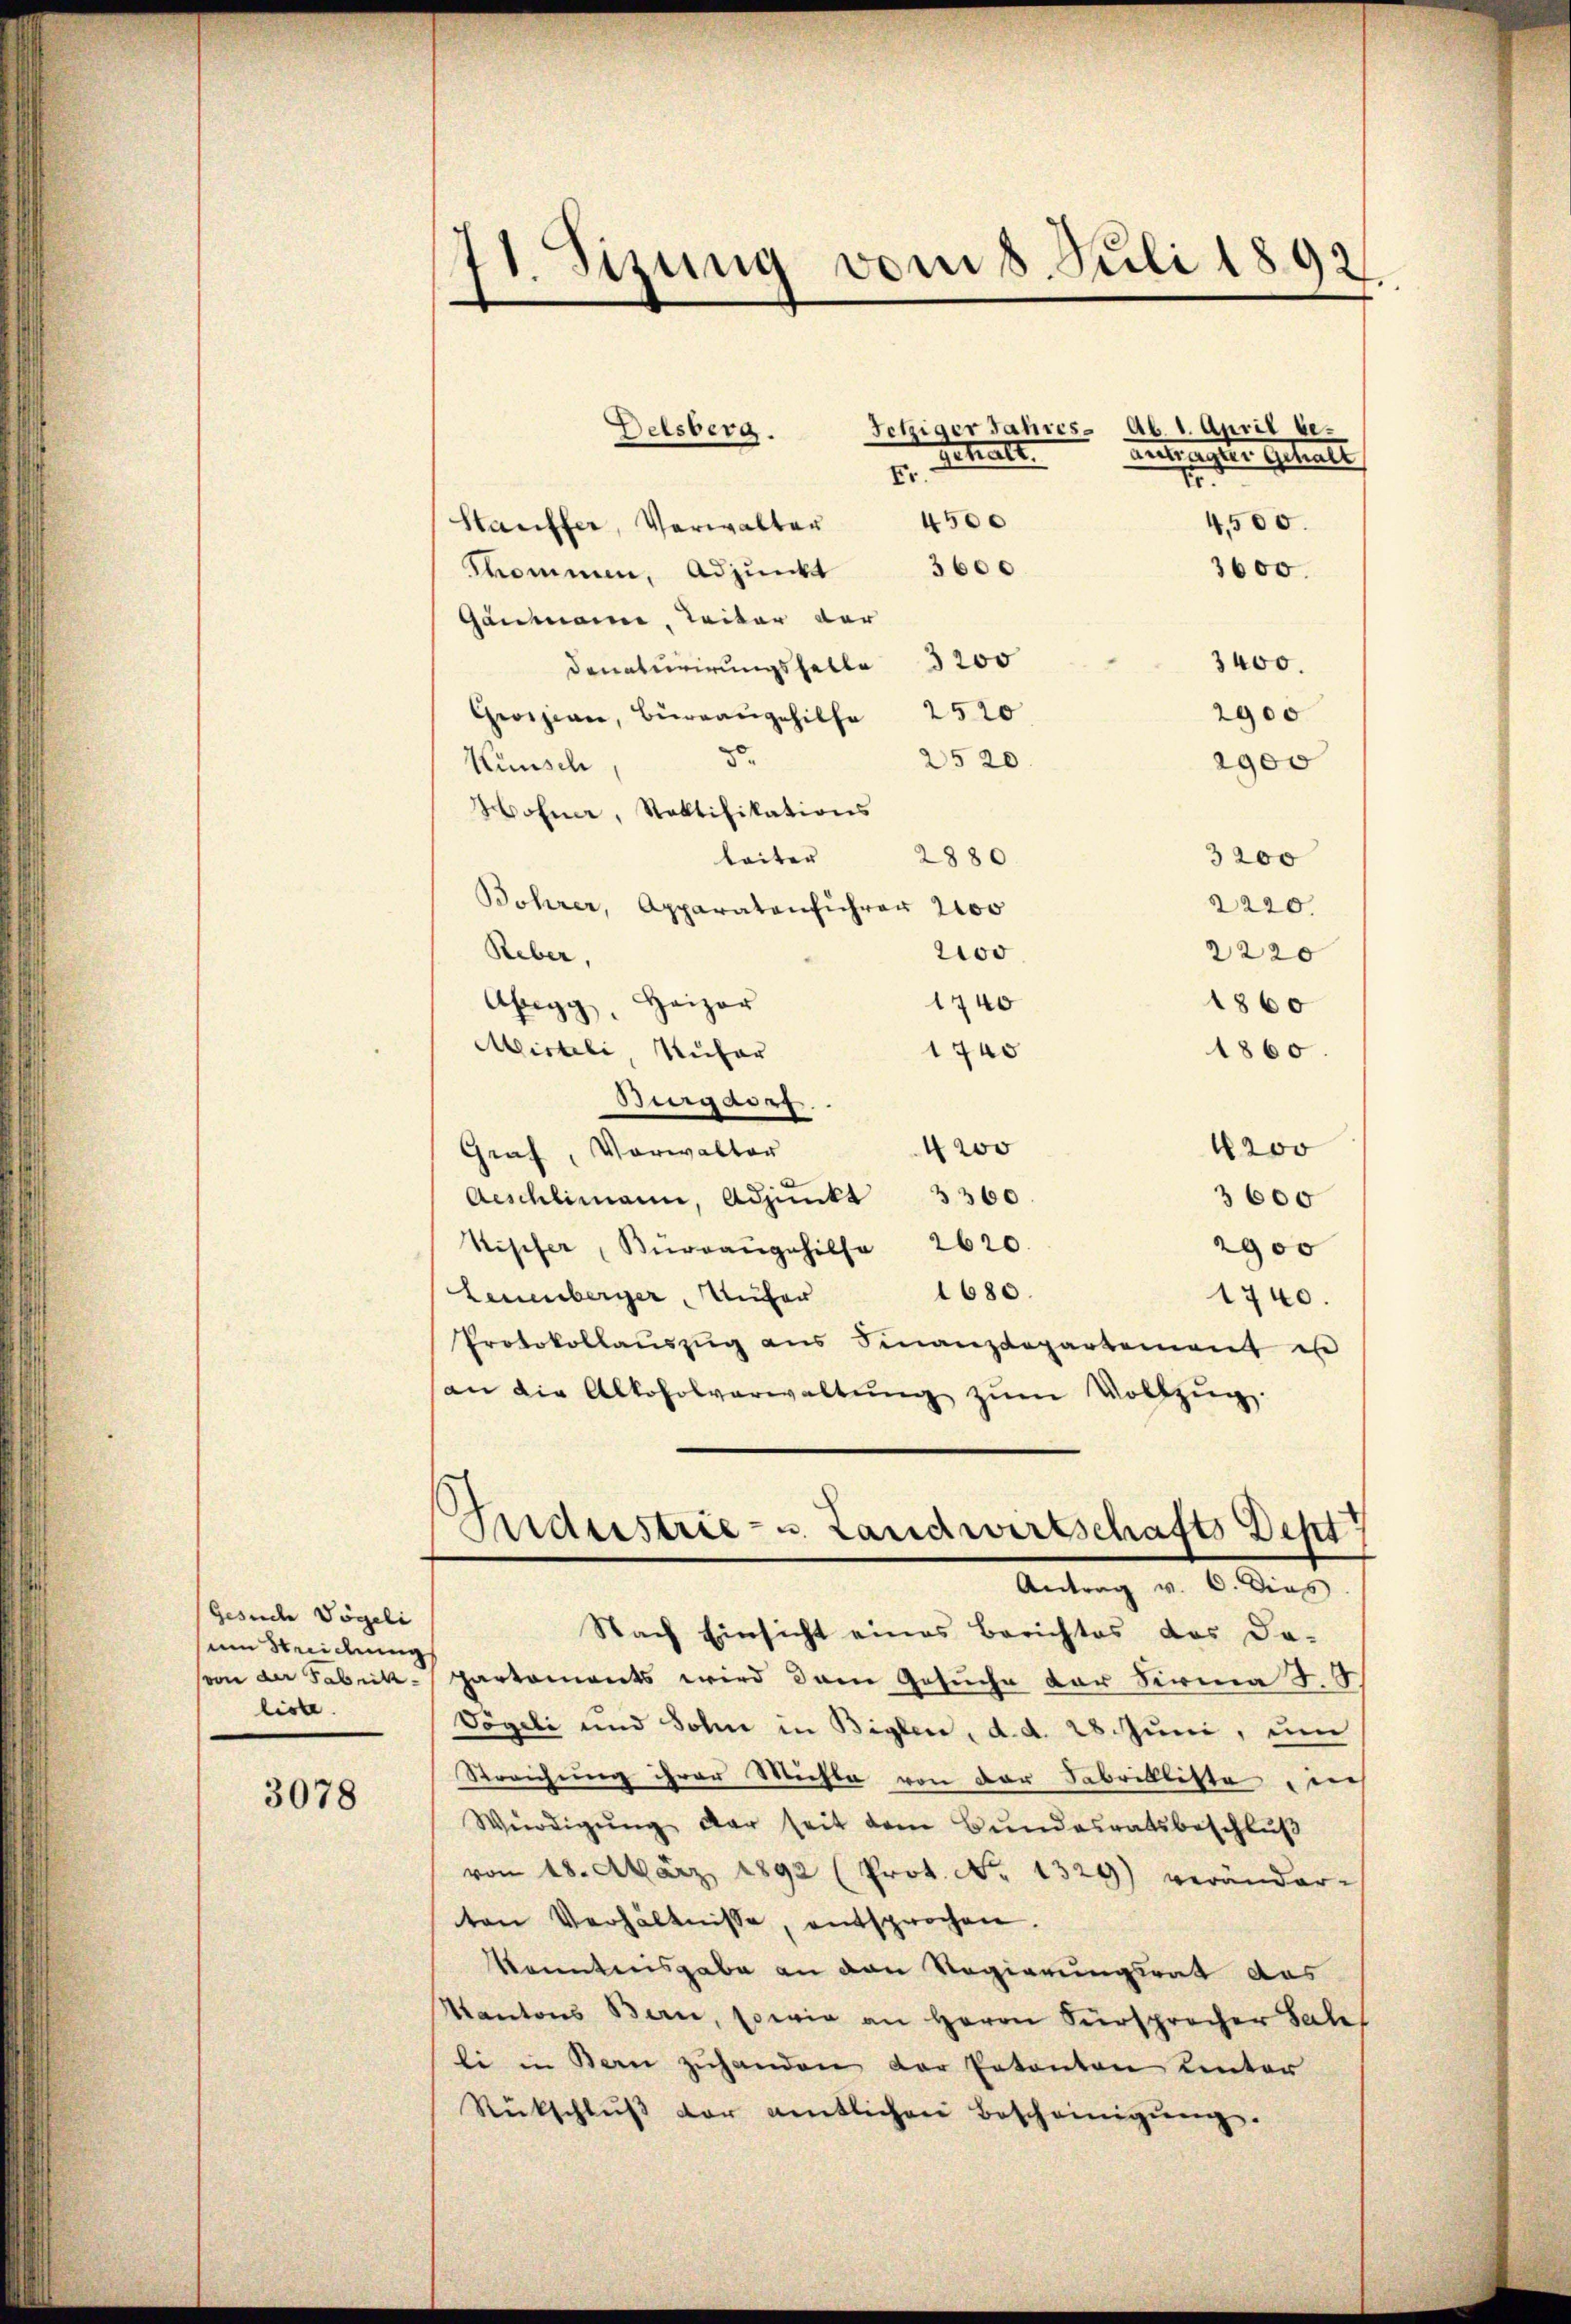
Gesiche Vögeli
um Streidung
liste.

3078

11. Sizung vom 8. Juli 1892

Tetziger Jahres Ab. 1. April be
Delsberg.
antragste Gehalt
Fr.
n
4500
4,500.
Stauffer, Verwalter
3600
3600.
Thommen, Adjunkt
Ganmanne, Leiter der
3400.
Denaturirungsfalle 3200
2900
Groisian, Birrangehilfe 2520
5
2520.
2900
Künsch
Hohner, Staktifikations
laiter 2880
3200
Bohrer, Apparatonführer 2400
2220.
2000
Reber,
2220
1740
Abegg, Heizer
1860
Misteli, Rufer
1740
1860.
Begauer.
4200
4 20
Graf, Vorwalter
Aeschlimann, Adjunkt 3360.
3600
Kischer Büreaŭgehilfe 2620.
2900
1680.
Leuenberger, Unter
1740.
Protokollaŭszŭg ans Finanzdepartement in
(an die Alkoholverwaltung zum Vollzug.

Schatt

Anderstrie- u. Landwirtschafts-Dept
Antrag v. 6. Dies

Nach Einsicht eines Berichtes des Da-
sion der Fabrik- Partements wird dem Gesuche der Firma J. J.
Vögeli und Sohn in Biglen, d. d. 28. Juni, um
Streichung ihrer Michte von der Fabrikliste, nich
Würdigŭng der seit dem Bundesratsbeschlŭβ
von 18. März 1892 (Prot. No 1329) veränder-
ten Verhältnisse, entsprochen.
Kenntnisgabe an den Regierungsrat des
Kantons Bern, sowie an Herrn Fürsprocher Sale
li in Bern zuhanden der Petenten unter
Rückschlŭβ der amtlichen Bescheinigŭng.